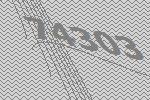
74303